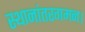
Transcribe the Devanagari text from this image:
स्थानांतरगमन।